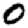
Digit: 0